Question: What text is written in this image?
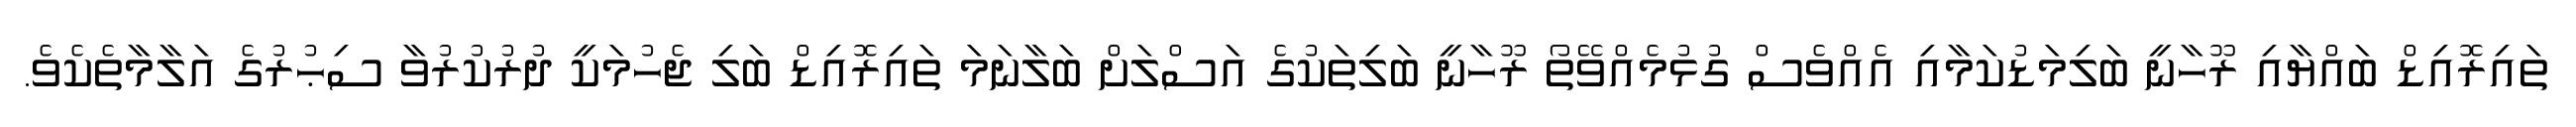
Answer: ތައިރޮއިޑް ބައްޔާއި ރޫހާނީ ބަލިމަޑުކަމާއި އެއްވެސް ގުޅުމެއްވޭތޯ ރޫހާނީ ބަލިތަކުގެ އަސްލަށް ބަލާނަމަ ތައިރޮއިޑް ބަލި ޖެހުމަކީ ދުރުކުރުވާ ސިޙުރުގެ އަލާމާތެކެވެ.